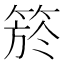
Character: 箊